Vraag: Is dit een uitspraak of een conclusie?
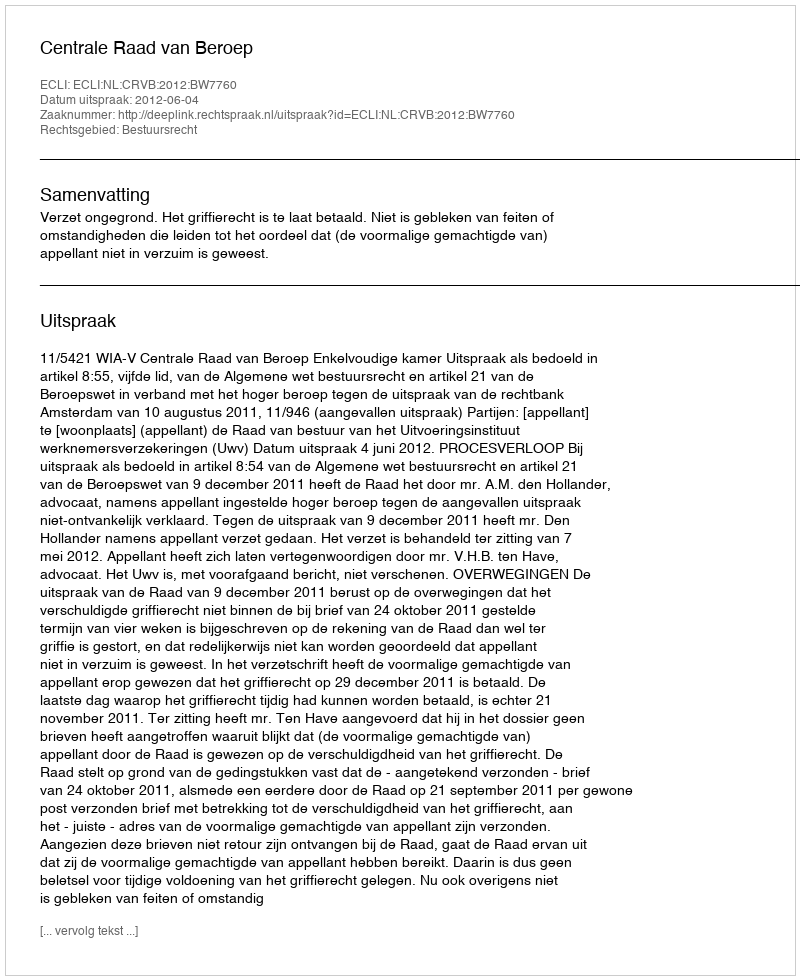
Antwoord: Uitspraak